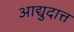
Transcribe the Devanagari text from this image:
आद्युदात्त